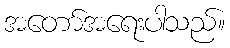
အတော်အရေးပါသည်။